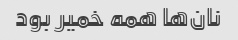
نان‌ها همه خمیر بود